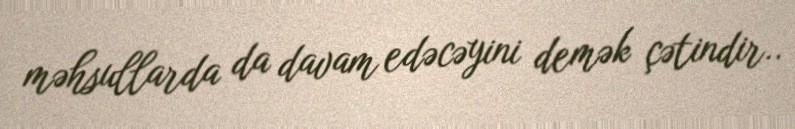
məhsullarda da davam edəcəyini demək çətindir..